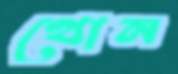
থোন